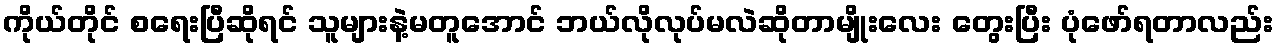
ကိုယ်တိုင် စရေးပြီဆိုရင် သူများနဲ့မတူအောင် ဘယ်လိုလုပ်မလဲဆိုတာမျိုးလေး တွေးပြီး ပုံဖော်ရတာလည်း